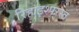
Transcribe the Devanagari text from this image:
रिहाइश्परस्त